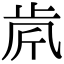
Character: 𣥪